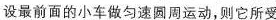
设最前面的小车做匀速圆周运动，则它所受